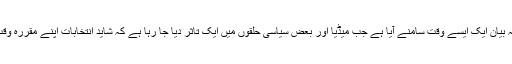
چیف جسٹس کا یہ بیان ایک ایسے وقت سامنے آیا ہے جب میڈیا اور بعض سیاسی حلقوں میں ایک تاثر دیا جا رہا ہے کہ شاید انتخابات اپنے مقررہ وقت پر نہ ہو سکیں۔